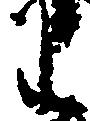
わ